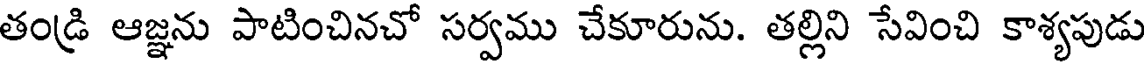
తండ్రి ఆజ్ఞను పాటించినచో సర్వము చేకూరును. తల్లిని సేవించి కాశ్యపుడు